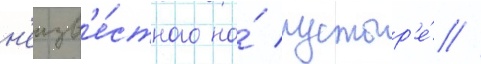
н'еизв'е́стного на́ пустыр'е́ //